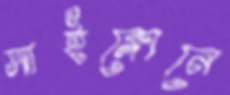
সাইক্লোনে